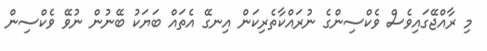
މި ރާއްޖޭގައިވެސް ވެކްސިންގެ ނުރައްކާތެރިކަން އިނގޭ އެތައް ބަޔަކު ބޭނުން ނުވޭ ވެކްސިން